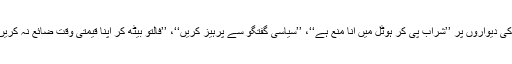
ان ہوٹلوں کی یہ خصوصیت تھی کہ ان کی دیواروں پر ’’شراب پی کر ہوٹل میں آنا منع ہے‘‘، ’’سیاسی گفتگو سے پرہیز کریں‘‘، ’’فالتو بیٹھ کر اپنا قیمتی وقت ضائع نہ کریں‘‘ جیسی عبارتیں تحریر کی جاتی تھیں۔